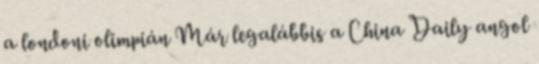
a londoni olimpián Már legalábbis a China Daily angol